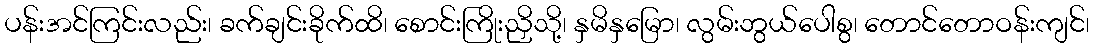
ပန်းအင်ကြင်းလည်း၊ ခက်ချင်းခိုက်ထိ၊ စောင်းကြိုးညှိသို့၊ နှမိနှမြော၊ လွမ်းဘွယ်ပေါစွ၊ တောင်တောဝန်းကျင်၊